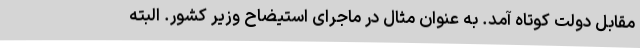
مقابل دولت کوتاه آمد. به عنوان مثال در ماجرای استیضاح وزیر کشور. البته